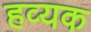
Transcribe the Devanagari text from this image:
हव्यक